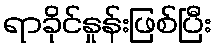
ရာခိုင်နှုန်းဖြစ်ပြီး